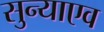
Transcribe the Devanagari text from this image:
सुन्याएव